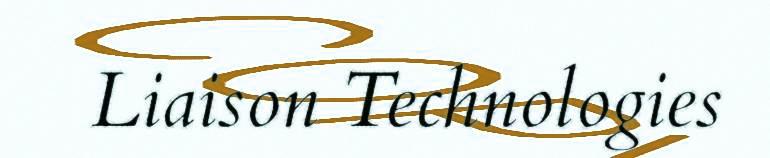
Liaison Technologies